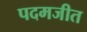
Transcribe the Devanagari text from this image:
पदमजीत